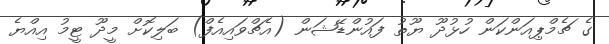
ގެ ޗެމްޕިއަންކަން ހުޅުދޫ ޔޫތު ފައުންޑޭޝަން (އެޗްވައިއެފް) ބަލިކޮށް މީދޫ ޓީމު އިއްޔެ